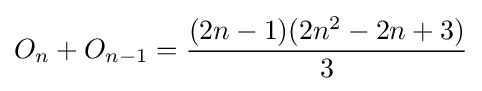
O_{n}+O_{n-1}={\frac {(2n-1)(2n^{2}-2n+3)}{3}}